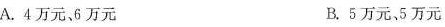
A.4万元、6万元 B.5万元、5万元